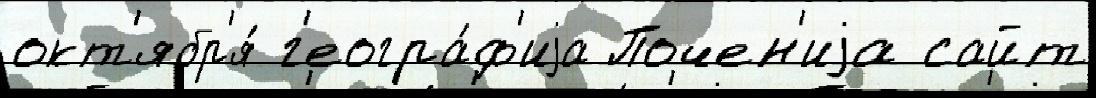
окт'ябр'я́ г'еогра́ф'иjа Почен'иjа сайт